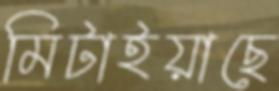
মিটাইয়াছে